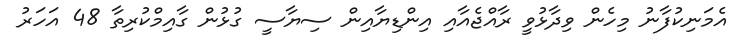
އެމަނިކުފާނު މިހެން ވިދާޅުވީ ރާއްޖެއާއި އިންޑިޔާއިން ސިޔާސީ ގުޅުން ގާއިމްކުރިތާ 48 އަހަރު